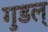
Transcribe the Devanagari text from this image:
गुडल्